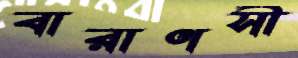
বারাণসী